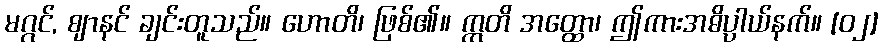
မဂ္ဂင်, ဈာနင် ချင်းတူသည်။ ဟောတိ၊ ဖြစ်၏။ ဣတိ အတ္ထော၊ ဤကားအဓိပ္ပာယ်နက်။ [၀၂]